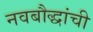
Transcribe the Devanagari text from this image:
नवबौद्धांची